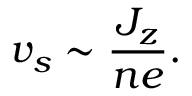
v _ { s } \sim \frac { J _ { z } } { n e } .